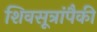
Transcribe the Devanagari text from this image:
शिवसूत्रांपैकी